Virumaa_algkoolid, lk 26
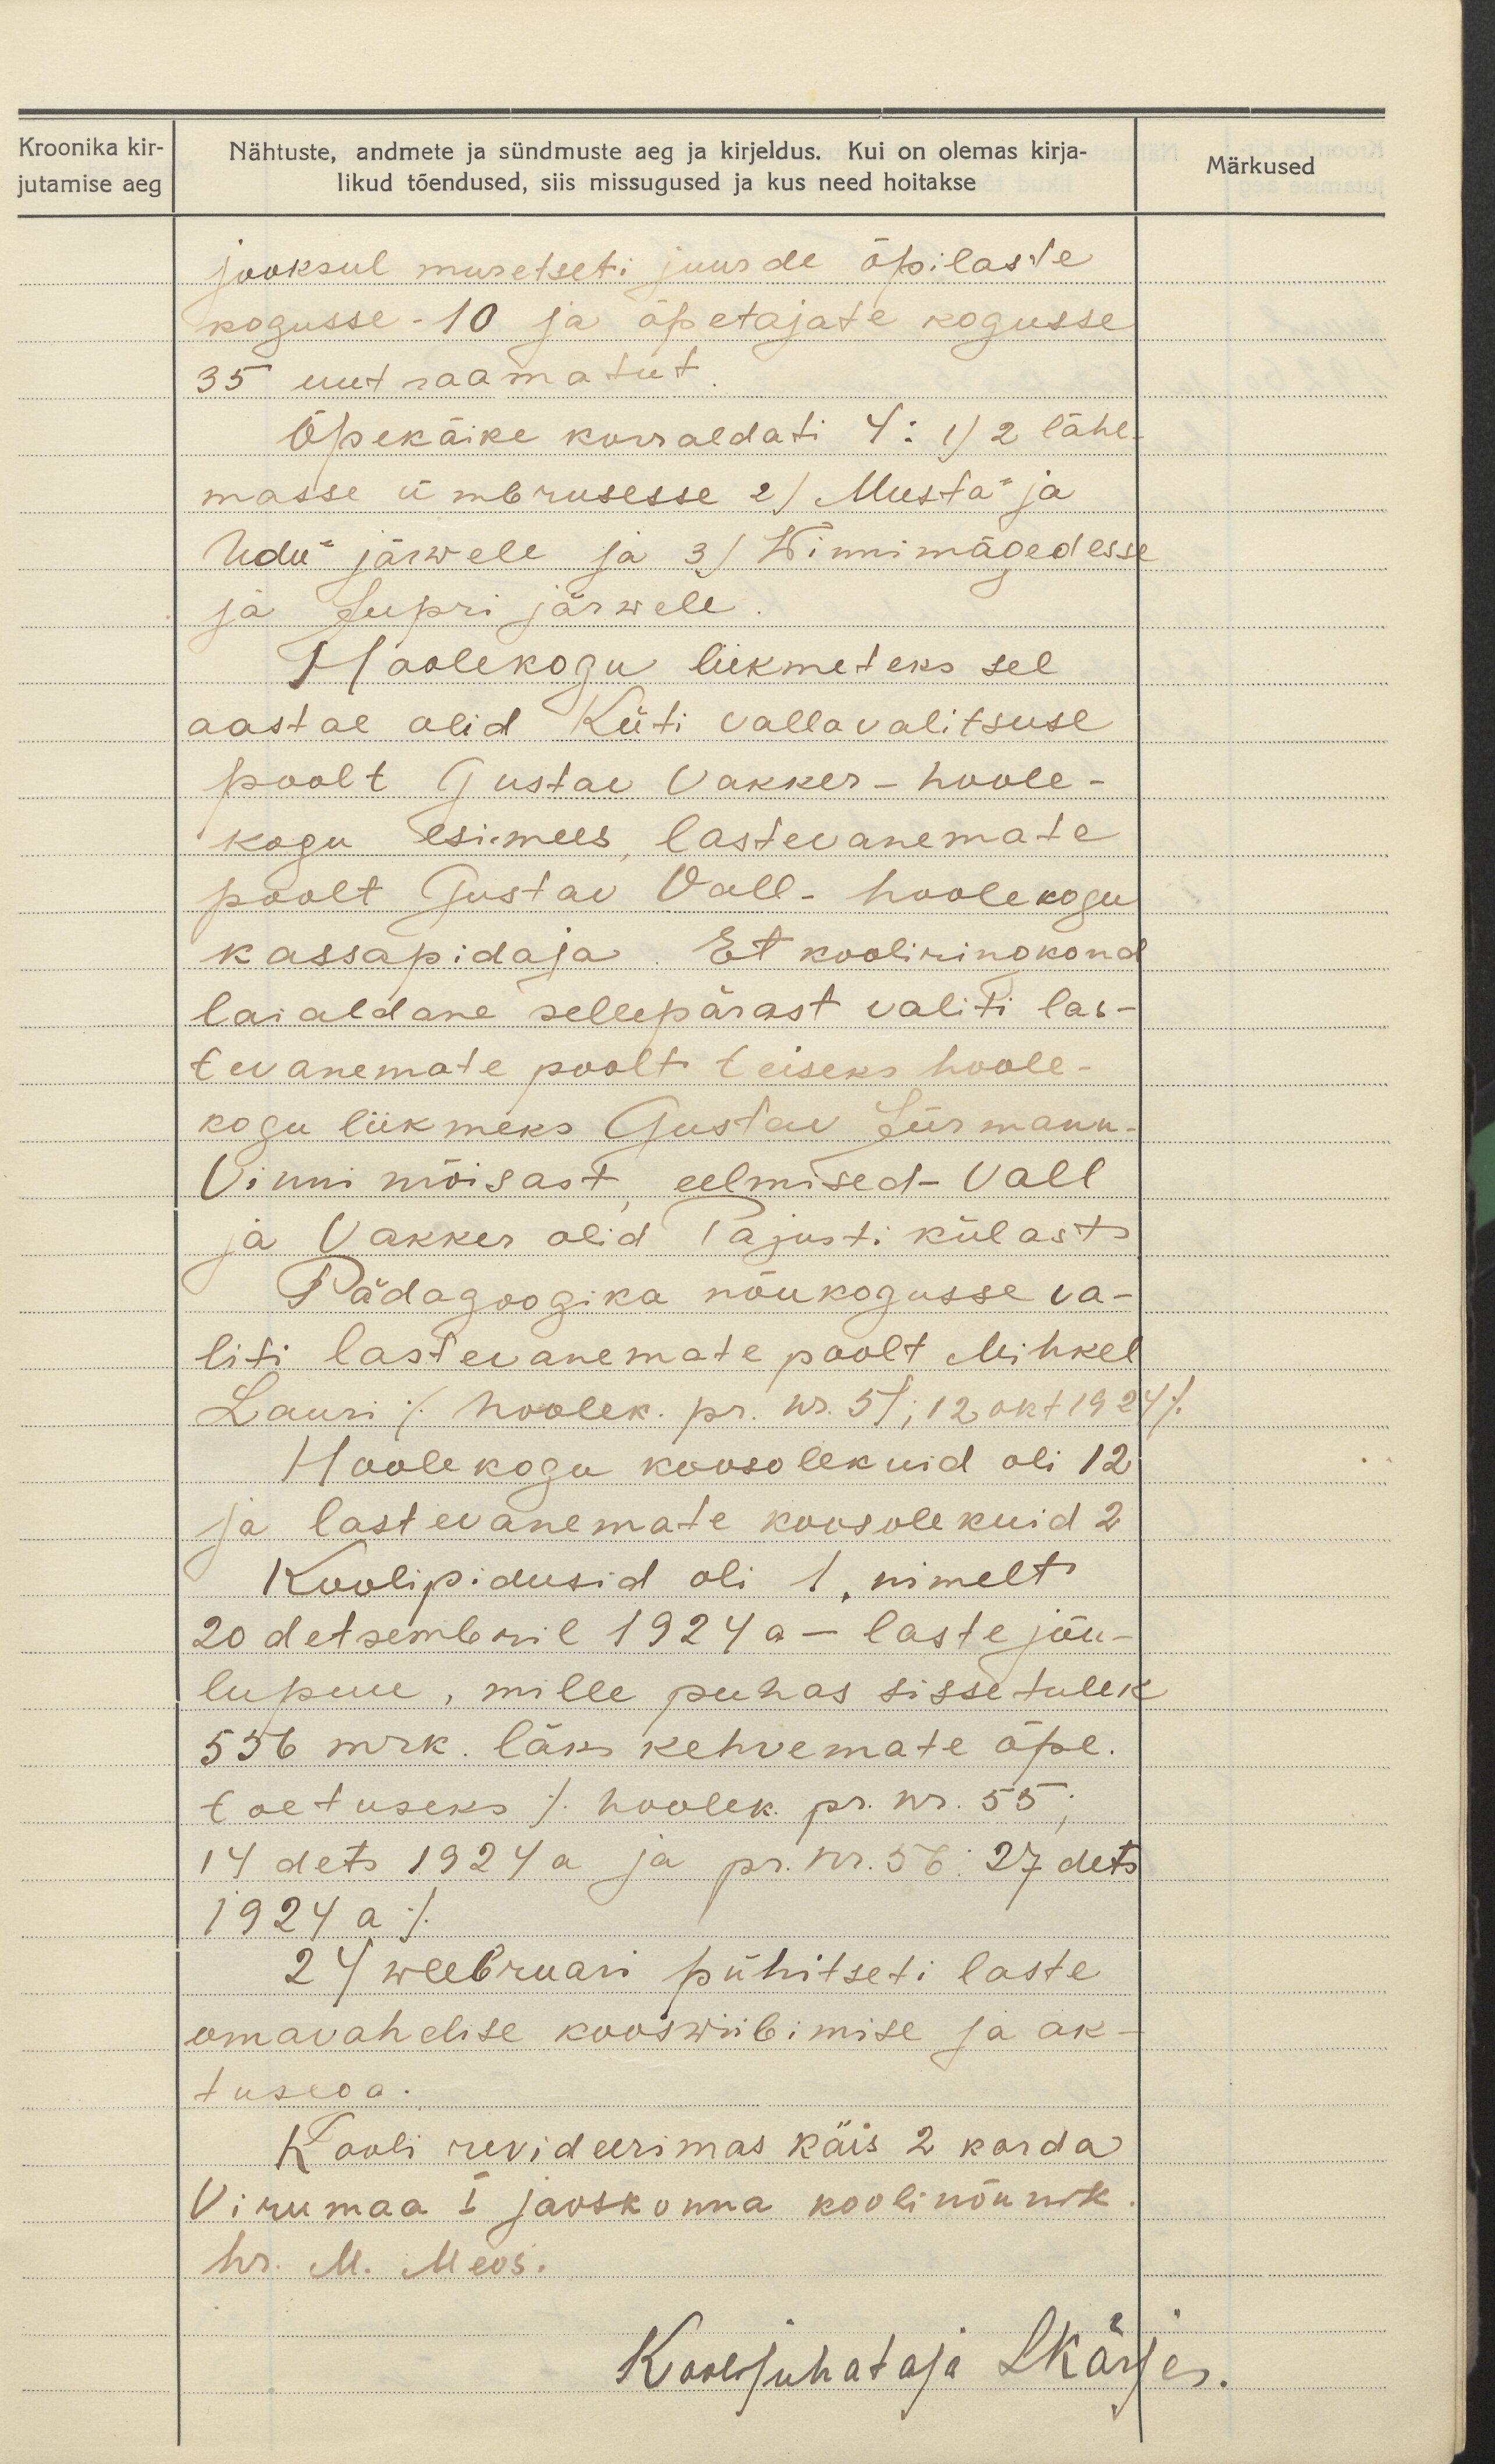
Kroonika kir-
jutamise aeg

Nähtuste, andmete ja sündmuste aeg ja kirjeldus. Kui on olemas kirja-
likud tõendused, siis missugused ja kus need hoitakse

Märkused

jooksul muretseti juurde õpilaste
kogusse- 10 ja õpetajate kogusse
35 uut raamatut.
Õpekäike korraldati 4: 1) 2 lähe-
masse ümbrusesse 2) Musta- ja
Udu- järwele ja 3) Winni mägedesse
ja Jupri järwele.
Hoolekogu liikmeteks sel
aastal olid Küti vallavalitsuse
poolt Gustav Vakker- hoole-
kogu esimees, lastevanemate
poolt Gustav Vall- hoolekogu
kassapidaja. Et kooli ringkond
laialdane sellepärast valiti las-
tevanemate poolt teiseks hoole-
kogu liikmeks Gustav Jürmann.
Vinni mõisast eelmised - Vall
ja Vakker olid Pajusti külast
Pädagoogika nõukogusse va-
liti lastevanemate poolt Mihkel
Lauri /hoolek. pr. nr. 51; 12 okt 1924/
Hoolekogu koosolekuid oli 12
ja lastevanemate koosolekuid 2
Koolipidusid oli 1, nimelt
20 detsembril 1924 a - laste jõu-
lupuu, mille puhas sissetulek
556 mrk. läks kehvemate õpe.
toetuseks /hoolek. pr. nr. 55;
14 dets 1924 a ja pr. nr. 56. 27 dets.
1924 a/
29 weebruar pühitseti laste
omavahelise kooswiibimise ja ak-
tusega.
Kooli revideerimas käis 2 korda
Virumaa I jaoskonna koolinõunik
hr. M. Meos.
Koolisuhataja L Kärjes.